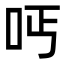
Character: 𠰁